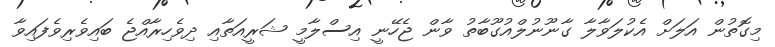
މިގޮތުން އަލަށް އެކުލަވާލާ ގާނޫނުލްއުގޫބާތު ވާން ޖެހޭނީ އިސްލާމީ ޝަރީއަތާއި ދިވެހިރާއްޖެ ބައިވެރިވެފައިވާ